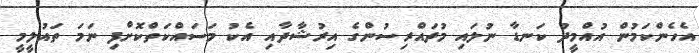
އެހެންކަމުން އުއްމީދު ކަނޑާ ނުލައި މުދައްރިސުންގެ އިރުޝާދާއި އެކު މަސައްކަތްކޮށްފި ނަމަ ތައުލީމީ